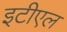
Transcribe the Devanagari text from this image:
इटीएल